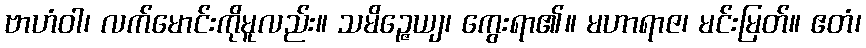
ဗာဟံဝါ၊ လက်မောင်းကိုမူလည်း။ သမိဉ္ဇေယျ၊ ကွေးရာ၏။ မဟာရာဇ၊ မင်းမြတ်။ ဧတံ၊